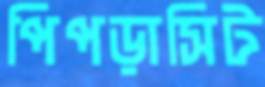
পিপড়াসিট